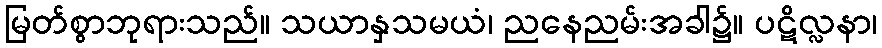
မြတ်စွာဘုရားသည်။ သယာနှသမယံ၊ ညနေညမ်းအခါ၌။ ပဋိလ္လနာ၊